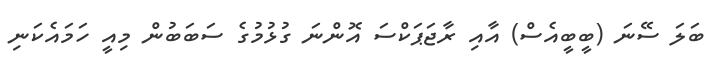
ބަަލަ ސޭނަ (ބީބީއެސް) އާއި ރާޖަަޕަކްސަ އޮންނަ ގުޅުމުގެ ސަބަބުން މިއީ ހަމައެކަނި